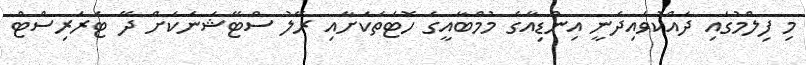
މި ފިލްމުގައި ދައްކުވައިދެނީ އިންޑިއާގެ މުމްބާއީގެ ހޮޓަތަކަށާއި ރޭލު ސްޓޭޝަނަަކަށް ދޭ ޓެރަރިސްޓް